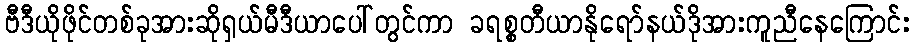
ဗီဒီယိုဖိုင်တစ်ခုအားဆိုရှယ်မီဒီယာပေါ်တွင်ကာ ခရစ္စတီယာနိုရော်နယ်ဒိုအားကူညီနေကြောင်း